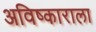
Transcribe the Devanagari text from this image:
अविष्काराला